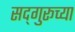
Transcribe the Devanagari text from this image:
सद्‌गुरूच्या